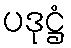
ပဒုဋ္ဌံ